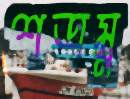
শত্রম্ন